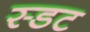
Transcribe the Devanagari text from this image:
स्डट